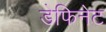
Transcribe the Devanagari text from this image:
डेफिनेट